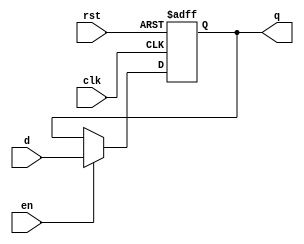
module flopenr #(parameter WIDTH=8)(
    input clk,en,rst,
    input [WIDTH-1:0] d,
    output reg [ WIDTH-1:0] q
);
    always @(posedge clk, posedge rst) begin
        if(rst) begin
            q <= 0;
        end
        else if(en) begin
            q <= d;
        end
        else begin
            q <= q;
        end
    end
endmodule